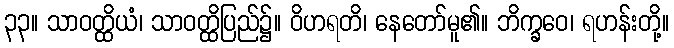
၃၃။ သာဝတ္ထိယံ၊ သာဝတ္ထိပြည်၌။ ဝိဟရတိ၊ နေတော်မူ၏။ ဘိက္ခဝေ၊ ရဟန်းတို့။